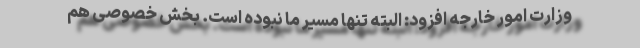
وزارت امور خارجه افزود: البته تنها مسیر ما نبوده است. بخش خصوصی هم